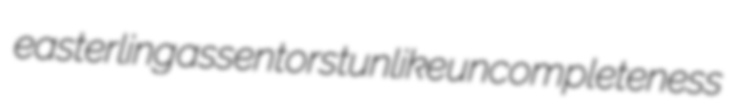
easterling assentors tunlike uncompleteness